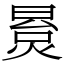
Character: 㬃